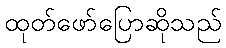
ထုတ်ဖော်ပြောဆိုသည်